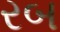
રબ